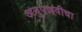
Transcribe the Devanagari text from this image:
अनुपल्लवीचा